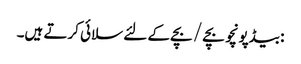
: بیڈپونچو بچے / بچے کے لئے سلائی کرتے ہیں۔